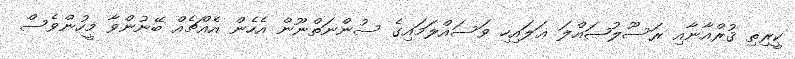
ކީރިތި ޤުރްއާނާއި ރަސޫލުޞައްލަ ޢަލައިހި ވަސައްލަމައިގެ ސުންނަތްނޫން އެހެން އެއްޗެއް ބޭނުންވާ މީހުންވެސް